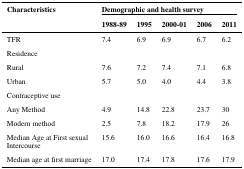
| Characteristics | <COLSPAN=5> Demographic and health survey |
 |  | 1988-89 | 1995 | 2000-01 | 2006 | 2011 |
 | --- | --- | --- | --- | --- | --- |
 | TFR | 7.4 | 6.9 | 6.9 | 6.7 | 6.2 |
 | Residence |  |  |  |  |  |
 | Rural | 7.6 | 7.2 | 7.4 | 7.1 | 6.8 |
 | Urban | 5.7 | 5.0 | 4.0 | 4.4 | 3.8 |
 | Contraceptive use |  |  |  |  |  |
 | Any Method | 4.9 | 14.8 | 22.8 | 23.7 | 30 |
 | Modern method | 2.5 | 7.8 | 18.2 | 17.9 | 26 |
 | Median Age at First sexualIntercourse | 15.6 | 16.0 | 16.6 | 16.4 | 16.8 |
 | Median age at first marriage | 17.0 | 17.4 | 17.8 | 17.6 | 17.9 |